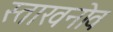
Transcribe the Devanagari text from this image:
स्ताखनोव